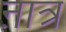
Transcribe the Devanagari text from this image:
ऩात्र